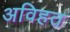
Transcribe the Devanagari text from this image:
अविहत